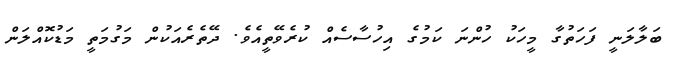
ބަލާލަނީ ފަހަތުގާ މީހަކު ހުންނަ ކަމުގެ އިހުސާސެއް ކުރެވޭތީއެވެ. ދޭތެރެއަކުން މަގުމަތީ މަޑުކޮއްލަން